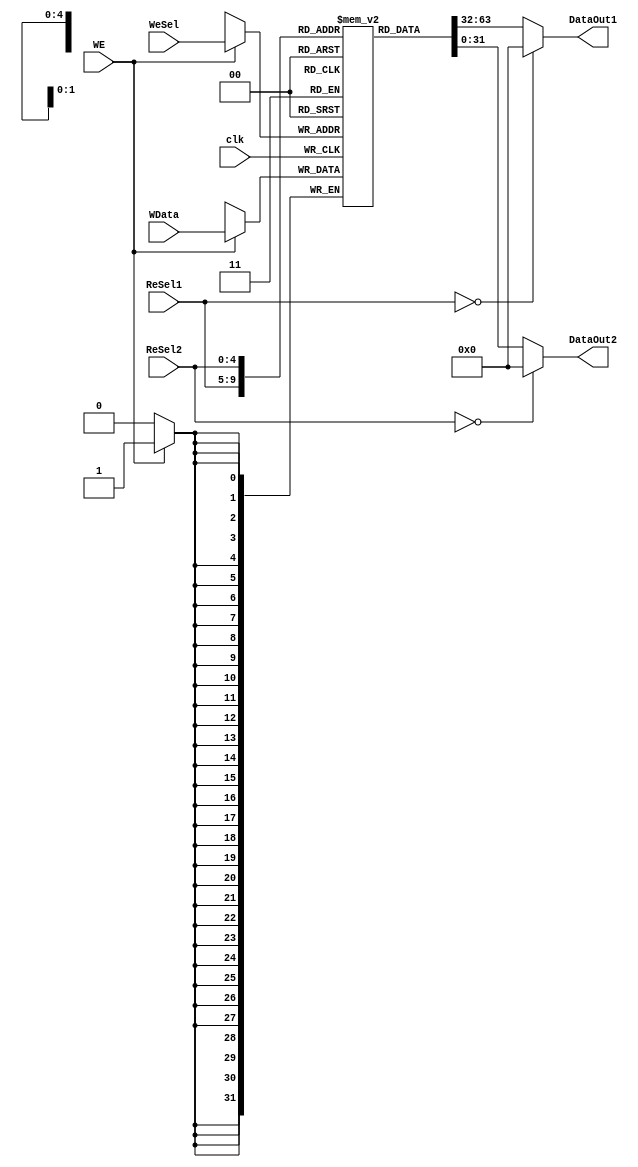

module GPR(DataOut1,DataOut2,clk,WData,WE,WeSel,ReSel1,ReSel2);
	input clk;
	input WE;
	input [4:0] WeSel,ReSel1,ReSel2;
	input [31:0] WData;
	
	output [31:0] DataOut1,DataOut2;
	
	
	reg [31:0] Gpr[31:0];
	
	always@(posedge clk)
	begin
		if(WE == 1)
			Gpr[WeSel] <= WData;
	end
	assign DataOut1 = (ReSel1==0)?0:Gpr[ReSel1];
	assign DataOut2 = (ReSel2==0)?0:Gpr[ReSel2];
	
endmodule